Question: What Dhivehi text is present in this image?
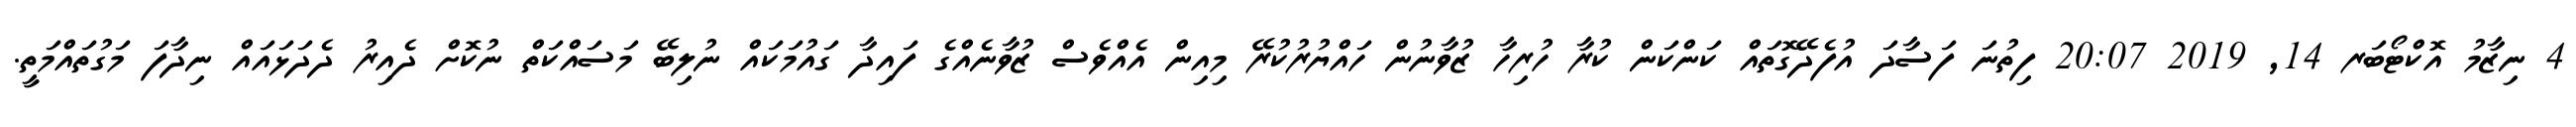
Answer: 4 ނިޒާމު އޮކްޓޯބަރ 14, 2019 20:07 ފިތުނަ ފަސާދަ އުފެދޭގޮތައް ކަންކަން ކުރާ ހުރިހާ ޒުވާނުން ހައްޔުރުކުރޭ މިއިން އެއްވެސް ޒުވާނެއްގެ ފައިދާ ގައުމަކައް ނުލިބޭ މަސައްކަތް ނުކޮށް ދެއިރު ދެދަޅައައް ނިދާފަ މަގުތައްމަތީ.